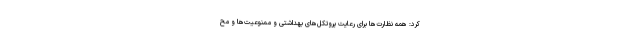
کرد: همه نظارت‌ها برای رعایت پروتکل‌های بهداشتی و ممنوعیت‌ها و مح